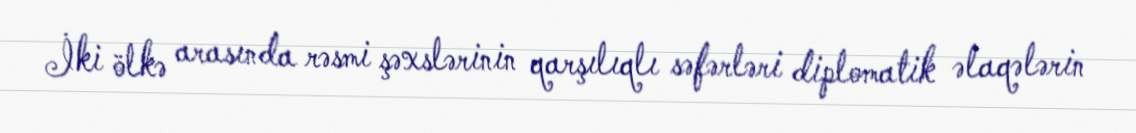
İki ölkə arasında rəsmi şəxslərinin qarşılıqlı səfərləri diplomatik əlaqələrin